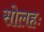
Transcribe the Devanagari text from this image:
सोलहः